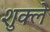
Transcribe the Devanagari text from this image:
शुक्ले